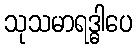
သုသမာရဒ္ဓါပေ